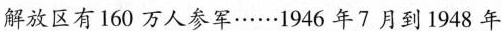
解放区有160万人参军……1946年7月到1948年